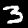
Label: 3